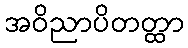
အဝိညာပိတတ္ထာ